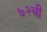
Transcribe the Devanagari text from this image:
७२ची